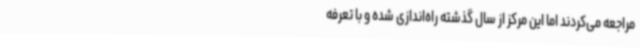
مراجعه می‌کردند اما این مرکز از سال گذشته راه‌اندازی شده و با تعرفه